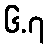
၆.၇